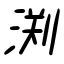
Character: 渕